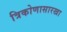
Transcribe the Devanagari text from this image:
त्रिकोणासारखा